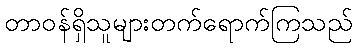
တာဝန်ရှိသူများတက်ရောက်ကြသည်